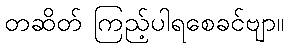
တဆိတ် ကြည့်ပါရစေခင်ဗျာ။